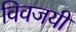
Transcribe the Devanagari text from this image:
विवजयी